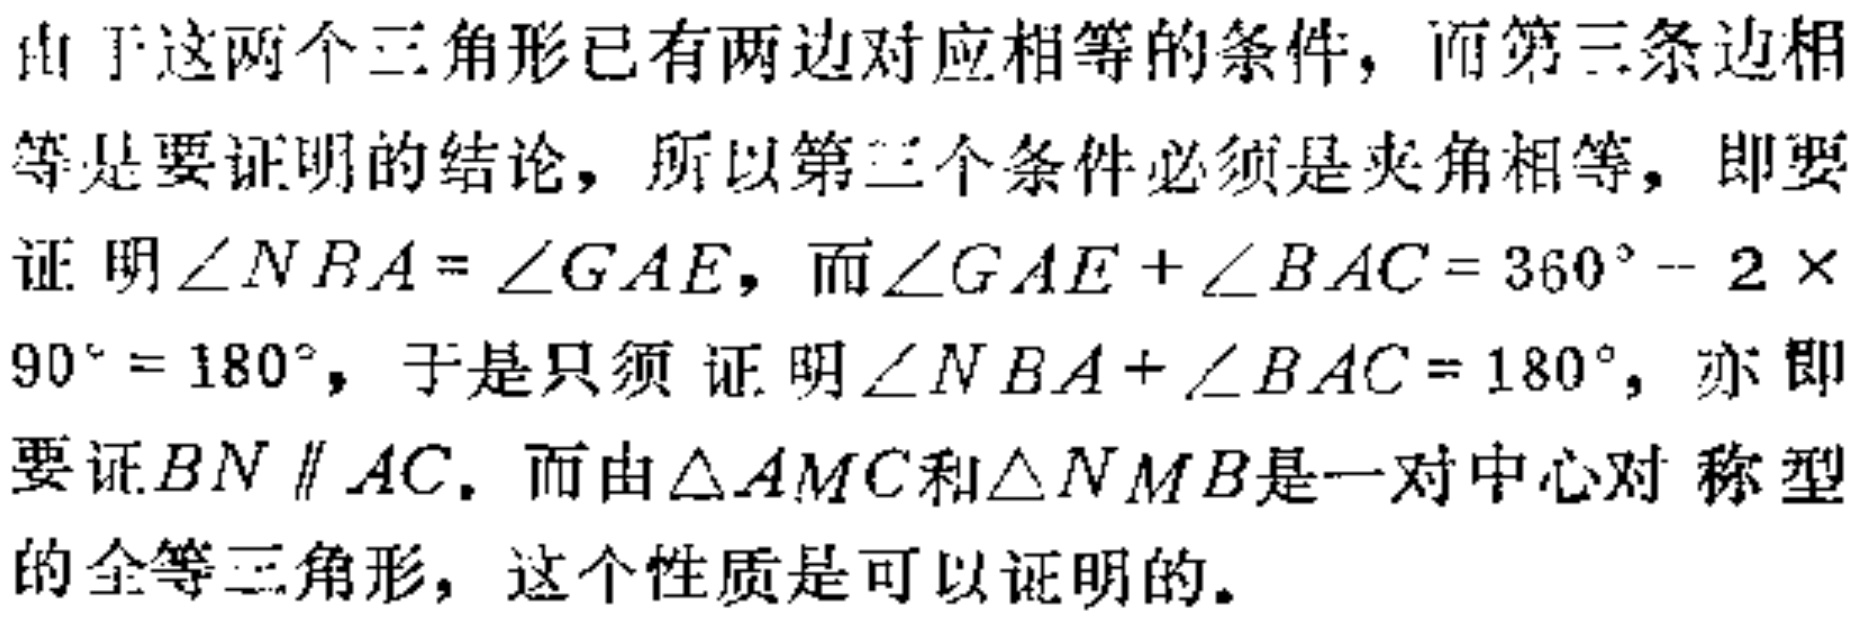
由于这两个三角形已有两边对应相等的条件，而第三条边相等是要证明的结论，所以第三个条件必须是夹角相等，即要证明\(\angle NBA = \angle GAE\)，而\(\angle GAE+\angle BAC = 360^{\circ}-2\times90^{\circ}=180^{\circ}\)，于是只须证明\(\angle NBA+\angle BAC = 180^{\circ}\)，亦即要证\(BN\parallel AC\)。而由\(\triangle AMC\)和\(\triangle NMB\)是一对中心对称型的全等三角形，这个性质是可以证明的。